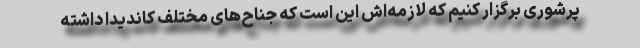
پرشوری برگزار کنیم که لازمه‌اش این است که جناح‌های مختلف کاندیدا داشته